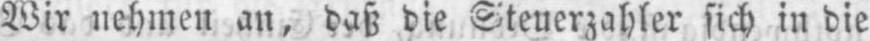
Wir nehmen an, daß die Steuerzahler sich in die